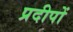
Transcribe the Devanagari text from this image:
प्रदीपों